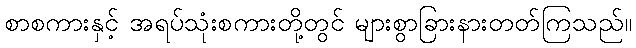
စာစကားနှင့် အရပ်သုံးစကားတို့တွင် များစွာခြားနားတတ်ကြသည်။